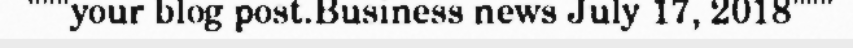
"""your blog post.Business news July 17, 2018"""